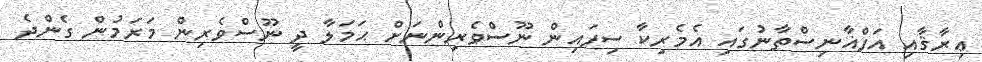
ޢިރާޤާއި އަފްޣާނިސްތާނުގައި އެމެރިކާ ސިފައިން ނޫސްވެރިންނަށް ޙަމަލާ ދީ ނޫސްވެރިން މަރަމުން ގެންދެ